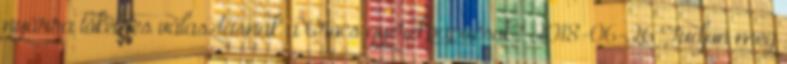
nyárra tökéletes választásnak a Crocs gyerekpapucsok? 2018-06-26 Tudjon meg